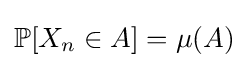
\mathbb {P} [X_{n}\in A]=\mu (A)